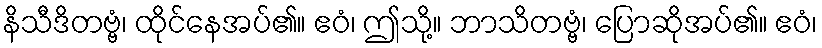
နိသီဒိတဗ္ဗံ၊ ထိုင်နေအပ်၏။ ဧဝံ၊ ဤသို့။ ဘာသိတဗ္ဗံ၊ ပြောဆိုအပ်၏။ ဧဝံ၊